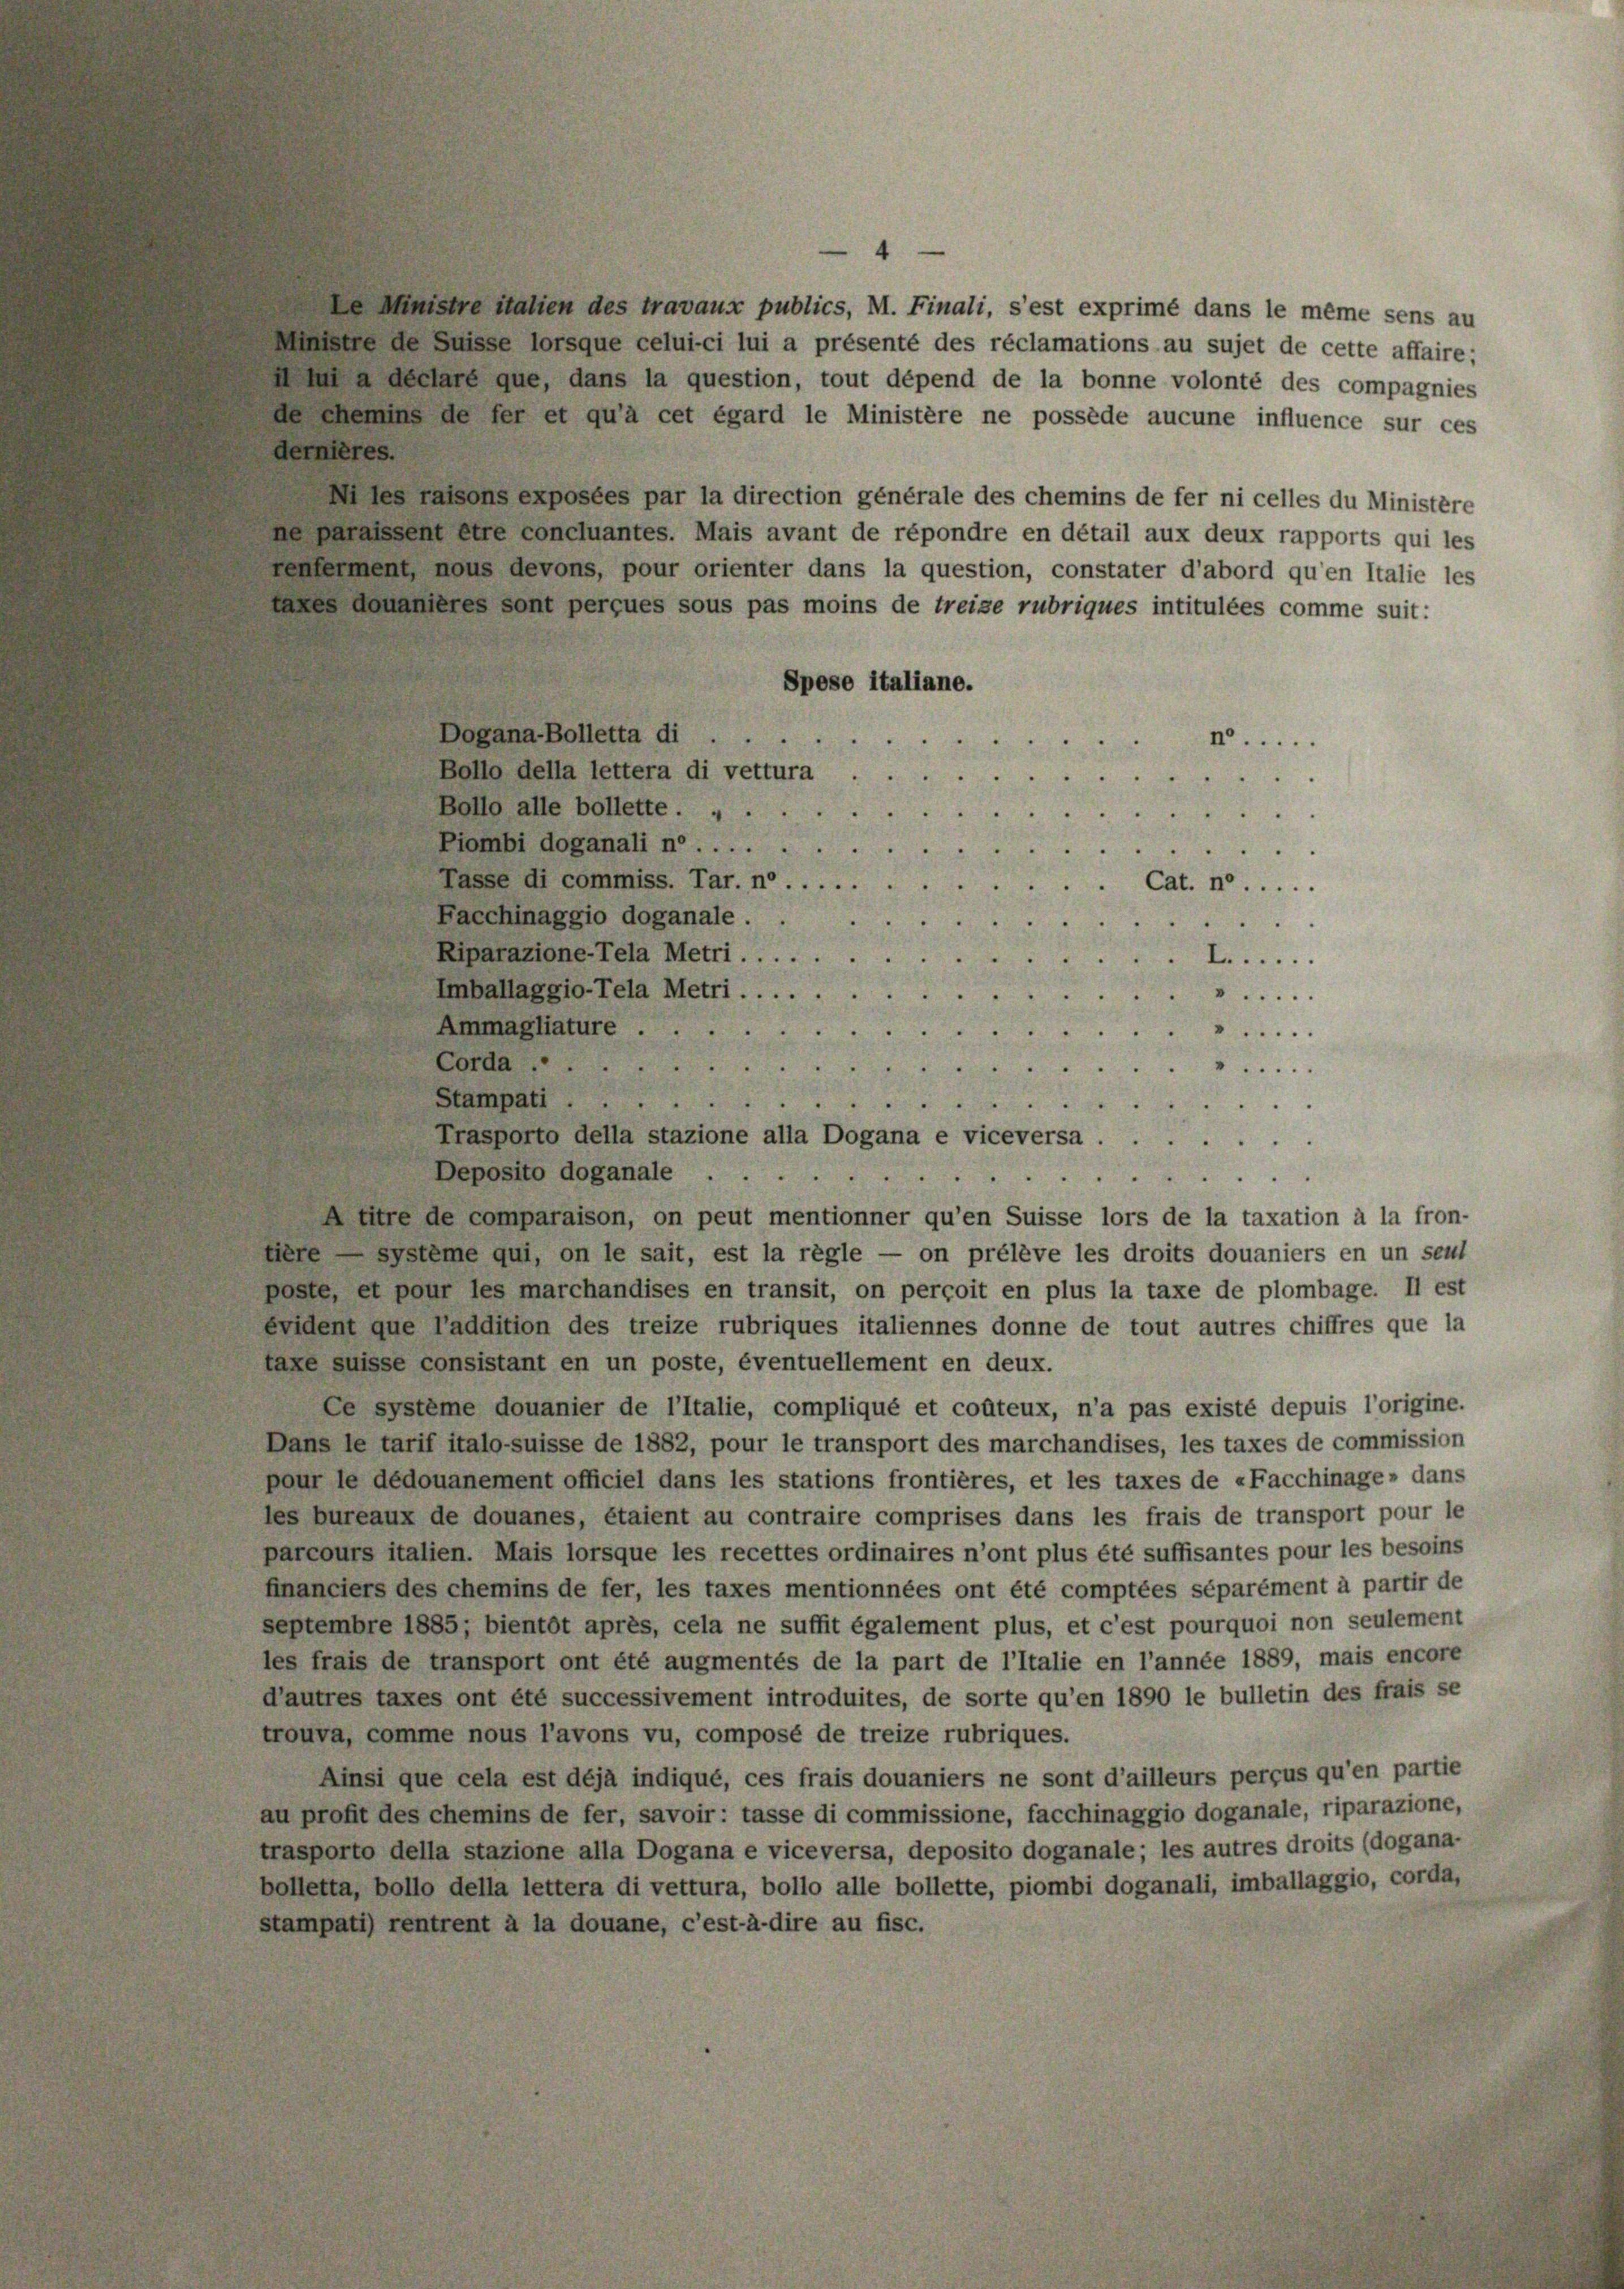
Senate hatten des travaux publics, M. Finali, s’est exprimé dans le même sens au
ste de Suisse lorsque celui-ci lui a présenté des réclamations au sujet de cette affaire;
t a déclaré que, dans la question, tout dépend de la bonne volonté des compagnies
de Chemins de der et qu’à cet égard le Ministère ne possède aucune influence sur ces
dernières.
 les tatsans exposées par la direction générale des chemins de fer ni celles du Ministère
de paraissent être concluantes. Mais avant de répondre en détail aux deux rapports qui les
seulement, nous devons, pour orienter dans la question, constater d’abord qu’en Italie les
lanes Aauunteres sont perçues sous pas moins de treise rubriques intitulées comme suit:
Spese italiane.
Dogana-Bolletta di
n....
Bollo della lettera di vettura
Bollo alle bollette. „
Piombi doganali ne .....
Tasse di commiss. Tar. n. .....
Cat. n.....
Facchinaggio doganale.
.
Riparazione-Tela Metri . . . . .
L......
Imballaggio-Tela Metri . . . . .
.....
Ammagliature
.....
Corda . .
.....
Stampati.

Trasporto della stazione alla Dogana e viceversa.
Deposito doganale
A titre de comparaison, on peut mentionner qu’en Suisse lors de la taxation à la fron-
liere système qui, on le sait, est la règle — on prélève les droits douaniers en un seit
poste, et pour les marchandises en transit, on perçoit en plus la taxe de plombage. Il est
evident que addition des treize rubriques italiennes donne de tout autres chiffres que la
taxe suisse consistant en un poste, éventuellement en deux.
Ce système douanier de l’Italie, compliqué et coûteux, n’a pas existé depuis l’origine.
Dans le tarif italo-suisse de 1882, pour le transport des marchandises, les taxes de commission
pour le dédouanement officiel dans les stations frontières, et les taxes de «Facchinage, dans
les bureaux de douanes, étaient au contraire comprises dans les frais de transport pour le
parcours italien. Mais lorsque les recettes ordinaires n’ont plus été suffisantes pour les besoins
financiers des chemins de fer, les taxes mentionnées ont été comptées séparément à partir de
septembre 1885; bientôt après, cela ne suffit également plus, et c’est pourquoi non seulement
les frais de transport ont été augmentés de la part de l’Italie en l’année 1889, mais encore
d’autres taxes ont été successivement introduites, de sorte qu’en 1890 le bulletin des frais se
trouva, comme nous l’avons vu, composé de treize rubriques.
Ainsi que cela est déjà indiqué, ces frais douaniers ne sont d’ailleurs perçus qu’en partie
au profit des chemins de fer, savoir: tasse di commissione, facchinaggio doganale, riparazione,
trasporto della stazione alla Dogana e viceversa, deposito doganale; les autres droits (dogana-
bolletta, bollo della lettera di vettura, bollo alle bollette, piombi doganali, imballaggio, corda,
stampati) rentrent à la douane, c’est-à-dire au fisc.

4